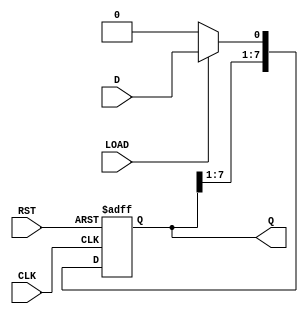
module shift_register #(
    parameter N = 8  // Default width of the shift register
)(
    input wire CLK,       // Clock signal
    input wire RST,       // Asynchronous reset
    input wire LOAD,      // Load control signal
    input wire D,         // Data input (single bit)
    output reg [N-1:0] Q  // Data output (N bits)
);

    // Always block triggered on the rising edge of the clock or on reset
    always @(posedge CLK or posedge RST) begin
        if (RST) begin
            // Reset the shift register to zero
            Q <= {N{1'b0}};
        end else if (LOAD) begin
            // Load new data at the LSB position
            Q <= {Q[N-1:1], D};  // Shift right and insert data at LSB
        end else begin
            // Shift right the contents of the register
            Q <= {Q[N-1:1], 1'b0}; // Simply shift right, insert 0 at LSB
        end
    end

endmodule